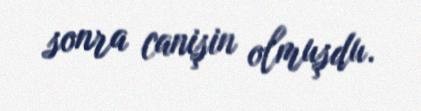
sonra canişin olmuşdu.